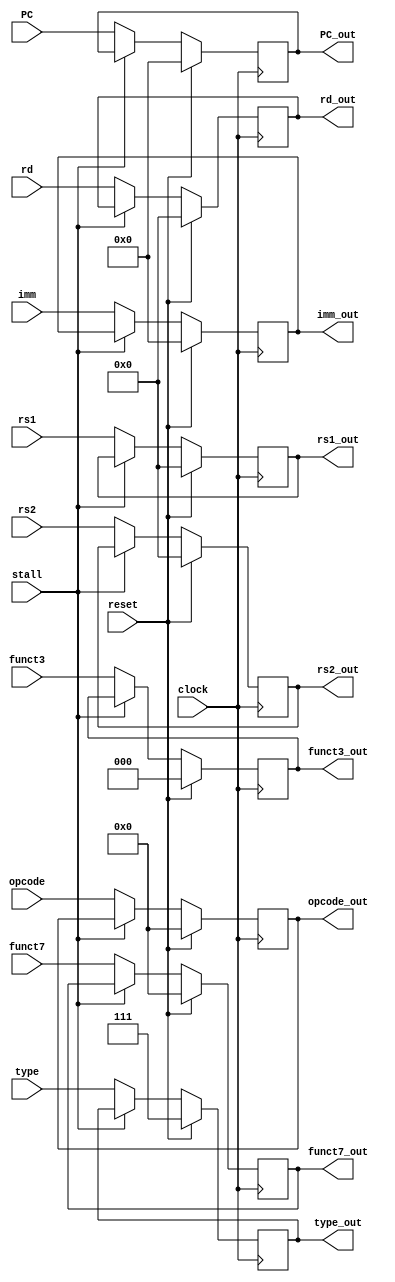
module P1_IFID(
	input wire clock,
	input wire reset,
	input wire [6:0] funct7,
	input wire [2:0] funct3,
	input wire [2:0] type,
	input wire [4:0] rs1,
	input wire [4:0] rs2,
	input wire [4:0] rd,
	input wire [31:0] imm,
	input wire stall,
	input wire [31:0] PC,
	input wire [6:0] opcode,
	output reg [6:0] funct7_out,
	output reg [2:0] funct3_out,
	output reg [2:0] type_out,
	output reg [4:0] rs1_out,
	output reg [4:0] rs2_out,
	output reg [4:0] rd_out,
	output reg [31:0] imm_out,
	output reg [31:0] PC_out,
	output reg [6:0] opcode_out

);

	initial begin
		type_out <= 7;
	end

	always @(posedge clock) begin
		if (reset == 1'b1) begin
			funct7_out <= 0; //clear the register
			funct3_out <= 0;
			rs1_out <= 0;
			rs2_out <= 0;
			rd_out <= 0;
			imm_out <= 0;
			type_out <= 7;//invalid type to make sure it ignores
			PC_out <= 0;
			opcode_out <= 0;
		end else begin
			if (stall == 0) begin//only move if not stalled
				funct7_out <= funct7;
				funct3_out <= funct3;
				rs1_out <= rs1;
				rs2_out <= rs2;
				rd_out <= rd;
				imm_out <= imm;
				type_out <= type;
				PC_out <= PC;
				opcode_out <= opcode;
			end
		end
	end

endmodule